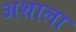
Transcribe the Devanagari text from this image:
अशाला